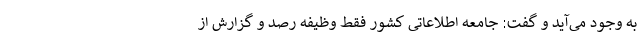
به وجود می‌آید و گفت: جامعه اطلاعاتی کشور فقط وظیفه رصد و گزارش از